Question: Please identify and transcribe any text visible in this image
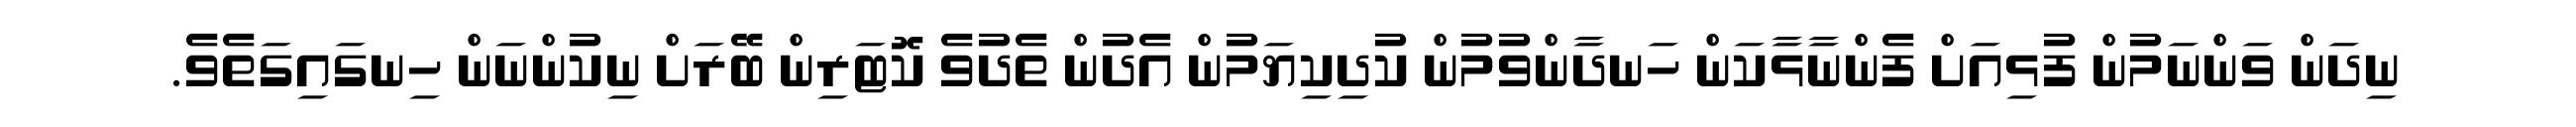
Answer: ނިދަން ވަންނަމުން ފުޅިއަށް ފެންނާޅާކަން ހަނދާންވުމުން ކުދިކިޔަމުން އެދުން ތެދުވެ ކޮޓަރިން ބޭރަށް ނިކުންނަން ހިނގައިގަތެވެ.